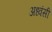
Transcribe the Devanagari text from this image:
अध्वंसी